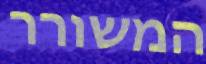
המשורר